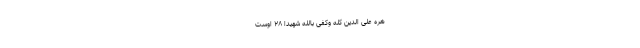
ْهِرَهُ عَلَى الدِّينِ كُلِّهِ وَكَفَى بِاللَّهِ شَهِيدًا ۲۸ اوست